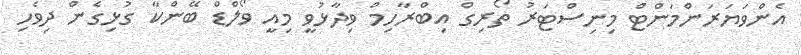
އެންވަޔަރަންމަންޓް މިނިސްޓަރު ތޯރިގް އިބްރާހިމް ވިދާޅުވީ މިއީ ވޯލްޑް ބޭންކާ ގުޅިގެން ދިވެހި